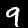
Digit: 9